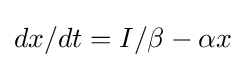
dx/dt=I/\beta -\alpha x